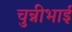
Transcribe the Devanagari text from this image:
चुन्नीभाई